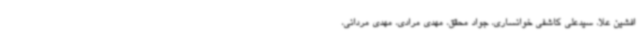
افشین علا، سیدعلی کاشفی خوانساری، جواد محقق، مهدی مرادی، مهدی مردانی،